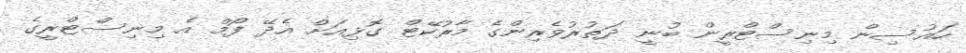
ހައުސިން މިނިސްޓްރީން ބުނީ ދަތުރުވެރިންގެ މާރުކޭޓް ގޮޅިއަށް އެދޭ ފޯމް އެ މިނިސްޓްރީގެ